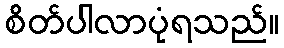
စိတ်ပါလာပုံရသည်။